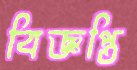
বিজ্ঞপ্তি